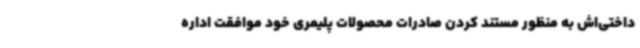
داختی‌اش به منظور مستند کردن صادرات محصولات پلیمری خود موافقت اداره